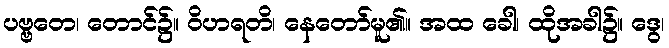
ပဗ္ဗတေ၊ တောင်၌။ ဝိဟရတိ၊ နေတော်မူ၏။ အထ ခေါ၊ ထိုအခါ၌။ ဒွေ၊